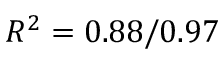
R ^ { 2 } = 0 . 8 8 / 0 . 9 7